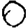
Digit: 0